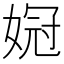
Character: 𫱌